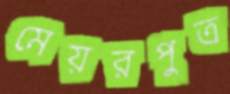
মেয়রপুত্র